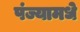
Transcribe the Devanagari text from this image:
पंज्यामधे